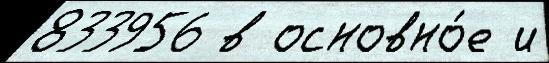
833956 в основно́е и